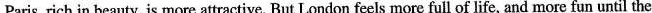
Paris, rich in beauty, is more attractive. But London feels more full of life, and more fun until the